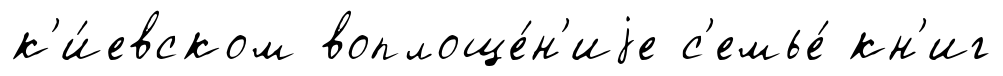
к'и́евском воплоще́н'иjе с'емье́ кн'иг